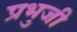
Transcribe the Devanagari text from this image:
प्रभुजी